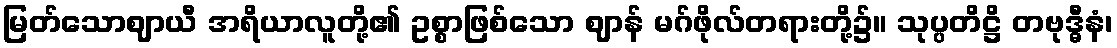
မြတ်သောဈာယီ အရိယာလူတို့၏ ဥစ္စာဖြစ်သော ဈာန် မဂ်ဖိုလ်တရားတို့၌။ သုပ္ပတိဋ္ဌိ တဗုဒ္ဓီနံ၊